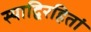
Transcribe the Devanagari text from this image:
स्याद्विरहितां